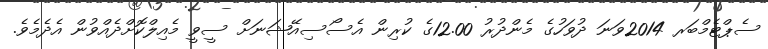
ސެޕްޓެމްބަރ 2014ވަނަ ދުވަހުގެ މެންދުރު 12.00ގެ ކުރިން އެސޯސިއޭޝަނަށް ސީވީ މެއިލްކޮށްދެއްވުން އެދެމެވެ.